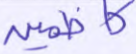
كاظمين